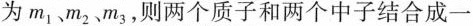
为m_{1}、m_{2}、m_{3}，则两个质子和两个中子结合成一